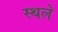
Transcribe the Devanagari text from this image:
स्थले